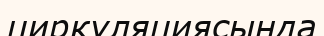
циркуляциясында